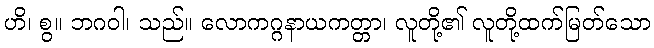
ဟိ၊ စွ။ ဘဂဝါ၊ သည်။ လောကဂ္ဂနာယကတ္တာ၊ လူတို့၏ လူတို့ထက်မြတ်သော